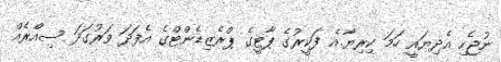
ނުޖެހި އެދިޔައީ ހަމަ ކިރިޔާ.އެ ފަކީރުގެ ޕާޓީގެ ޕްރެޒިޑެންޓްގެ އެފަދަ ވަރުގަދަ ސިއްރެއް